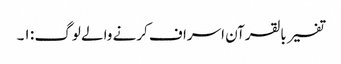
تفسیر بالقرآن اسراف کرنے والے لوگ : ١۔